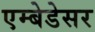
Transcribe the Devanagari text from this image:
एम्बेडेसर